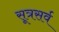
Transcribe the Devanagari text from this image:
सूत्रसर्व